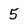
Character: 5